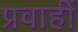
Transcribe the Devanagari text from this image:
प्रवाहीं